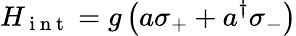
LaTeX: H_{\mathrm{~i~n~t~}}=g\left(a\sigma_{+}+a^{\dagger}\sigma_{-}\right)